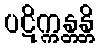
ပဋိက္ကန္တန္တိ